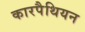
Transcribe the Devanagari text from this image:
कारपैथियन